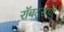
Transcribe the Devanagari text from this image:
रॉबर्ट्सची